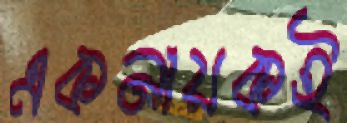
একনায়কই